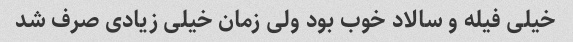
خیلی فیله و سالاد خوب بود ولی زمان خیلی زیادی صرف شد